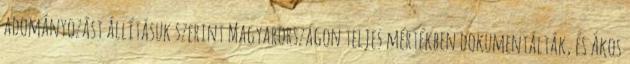
adományozást állításuk szerint Magyarországon teljes mértékben dokumentálták, és Ákos